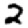
Digit: 2